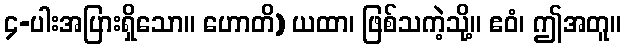
၄-ပါးအပြားရှိသော။ ဟောတိ) ယထာ၊ ဖြစ်သကဲ့သို့။ ဧဝံ၊ ဤအတူ။